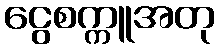
ငွေစက္ကူအတု